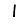
Digit: 1